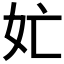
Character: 𭑬